Jaan_Tonisson_(Lasteleht), lk 278
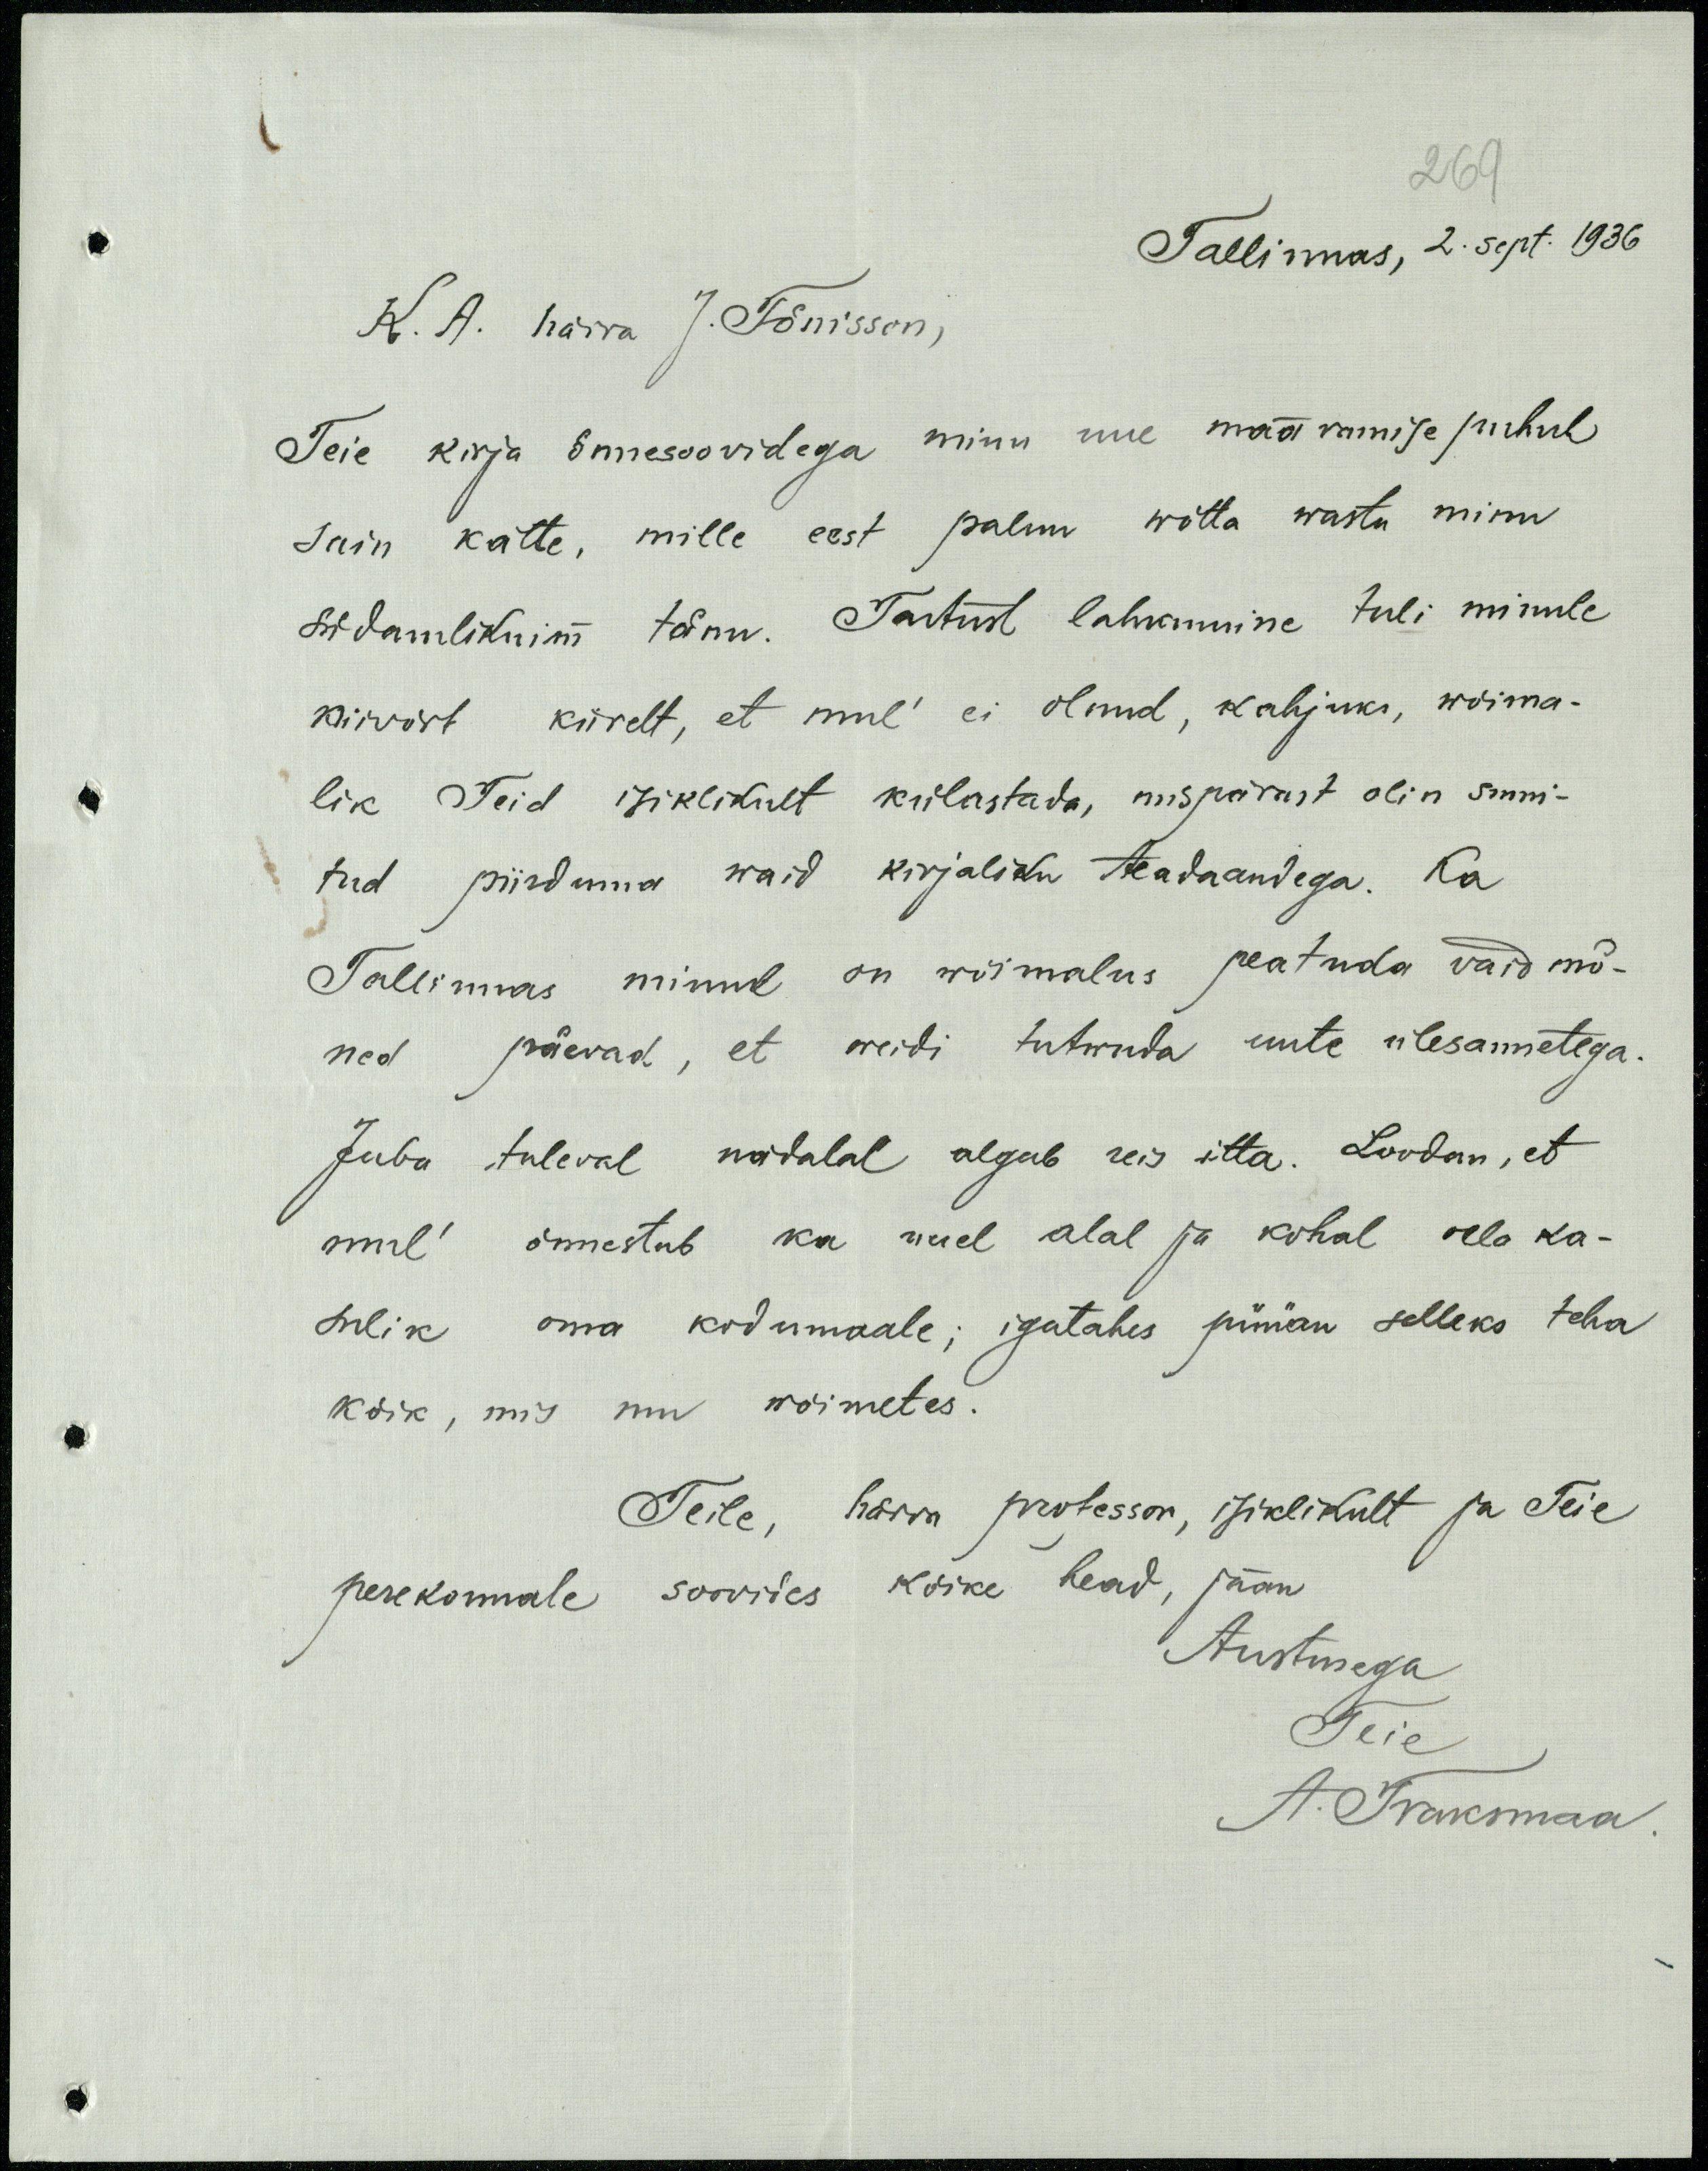
269

Tallinnas, 2. Sept. 1936.
K. A. härra J. Tõnisson,
Teie kirja õnnesoovidega minu uue määramise puhul
sain kätte, mille eest palun wõtta wastu minu
südamlikuim tänu. Tartust lahkumine tuli minule
niivõrt kiirelt, et mul ei olnud, kahjuks, wõima-
lik Teid isiklikult külastada, mispärast olin sunni-
tud piirduma waid kirjaliku teadaandega. Ka
Tallinnas minul on wõimalus peatuda vaid mõ-
ned päevad, et weidi tutwuda uute ülesannetega.
Juba tuleval nädalal algub reis itta. Loodan, et
mul õnnestub ka uuel alal ja kohal olla ka-
sulik oma kodumaale; igatahes püüan selleks teha
kõik, mis mu wõimetes.
Teile, härra professor, isiklikult ja Teie
perekonnale soovides kõike head, jään
Austusega
Teie
A. Traksmaa